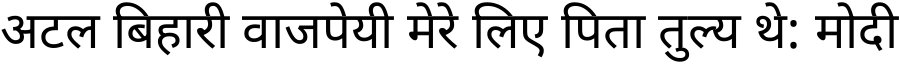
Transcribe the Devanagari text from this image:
अटल बिहारी वाजपेयी मेरे लिए पिता तुल्य थे: मोदी